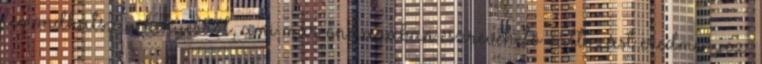
lemondhatsz a kenyérről, ami már önmagában észrevehető változást eredményez.